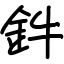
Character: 鈝